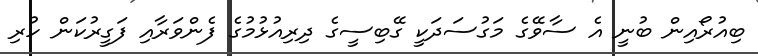
ބިއުރޯއިން ބުނީ އެ ސާވޭގެ މަގުސަދަކީ ގޭބިސީގެ ދިރިއުޅުމުގެ ފެންވަރާއި ފަގީރުކަން ހުރި